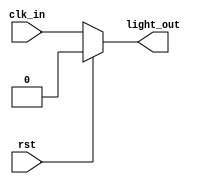
module seatbelt(clk_in,rst,light_out);

input clk_in,rst;
output reg light_out;

always@(clk_in)
begin
   if(rst)
      begin
      light_out <= 0;
      end
   else
      begin
      light_out <= clk_in;
      end
end

endmodule